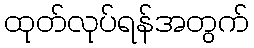
ထုတ်လုပ်ရန်အတွက်